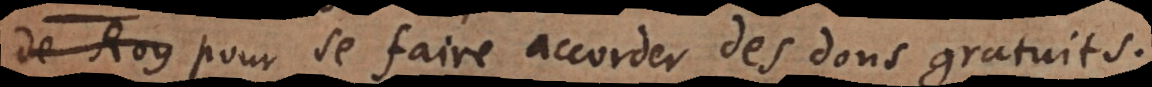
e pour se faire accorder des dons gratuits.